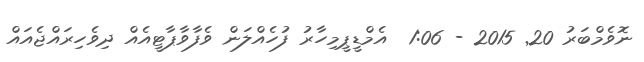
ނޮވެމްބަރު 20